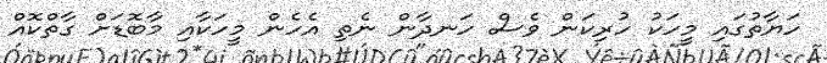
ހަޔާތުގައި މީހަކު ހުރިކަން ވެސް ހަނދާން ނެތި އެހެން މީހަކާއި މާބޮޑަށް ގާތްކޮއް